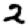
Digit: 2